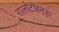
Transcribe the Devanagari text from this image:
रालोटोबनङा